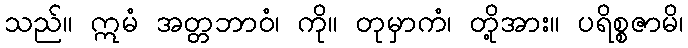
သည်။ ဣမံ အတ္တဘာဝံ၊ ကို။ တုမှာကံ၊ တို့အား။ ပရိစ္စဇာမိ၊